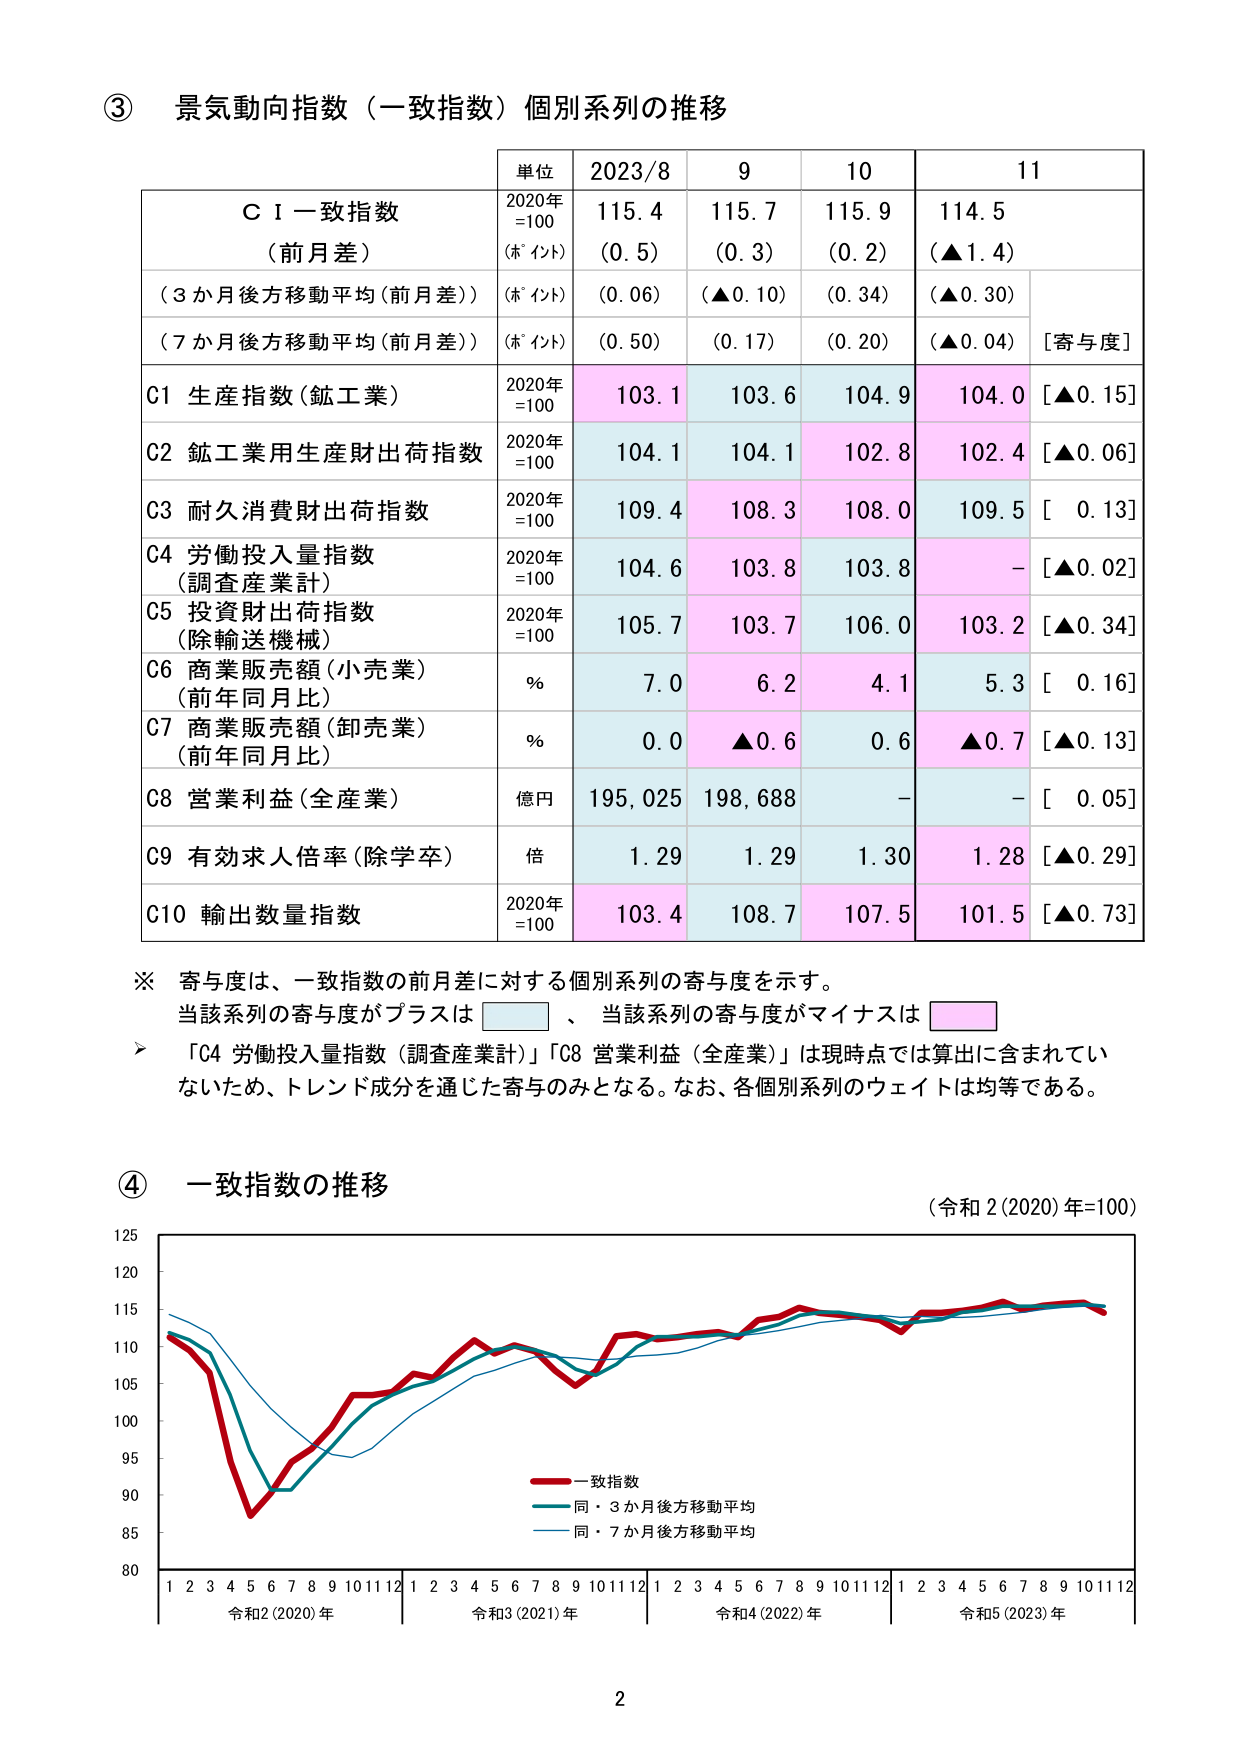
③ 景気動向指数（一致指数）個別系列の推移

単位 2023/8 9 10 11

ＣＩ一致指数 2020年 115.4 115.7 115.9 114.5
（前月差） （=100） （ポイント） （0.5） （0.3） （0.2） （▲1.4）

（3か月後方移動平均（前月差）） （ポイント） （0.06） （▲0.10） （0.34） （▲0.30）

（7か月後方移動平均（前月差）） （ポイント） （0.50） （0.17） （0.20） （▲0.04）［寄与度］

C1 生産指数（鉱工業） 2020年 103.1 103.6 104.9 104.0 [▲0.15]
=100

C2 鉱工業用生産財出荷指数 2020年 104.1 104.1 102.8 102.4 [▲0.06]
=100

C3 耐久消費財出荷指数 2020年 109.4 108.3 108.0 109.5 [ 0.13]
=100

C4 労働投入量指数 2020年 104.6 103.8 103.8 - [▲0.02]
（調査産業計） =100

C5 投資財出荷指数 2020年 105.7 103.7 106.0 103.2 [▲0.34]
（除輸送機械） =100

C6 商業販売額（小売業） % 7.0 6.2 4.1 5.3 [ 0.16]
（前年同月比）

C7 商業販売額（卸売業） % 0.0 ▲0.6 0.6 ▲0.7 [▲0.13]
（前年同月比）

C8 営業利益（全産業） 億円 195,025 198,688 - - [ 0.05]

C9 有効求人倍率（除学卒） 倍 1.29 1.29 1.30 1.28 [▲0.29]

C10 輸出数量指数 2020年 103.4 108.7 107.5 101.5 [▲0.73]
=100

※ 寄与度は、一致指数の前月差に対する個別系列の寄与度を示す。
当該系列の寄与度がプラスは □ 、当該系列の寄与度がマイナスは □

＞ 「C4 労働投入量指数（調査産業計）」「C8 営業利益（全産業）」は現時点では算出に含まれていないため、トレンド成分を通じた寄与のみとなる。なお、各個別系列のウェイトは均等である。

④ 一致指数の推移 （令和2(2020)年=100）

125
120
115
110
105
100
95
90
85
80

1 2 3 4 5 6 7 8 9 10 11 12 1 2 3 4 5 6 7 8 9 10 11 12 1 2 3 4 5 6 7 8 9 10 11 12 1 2 3 4 5 6 7 8 9 10 11 12
令和2(2020)年 令和3(2021)年 令和4(2022)年 令和5(2023)年

一致指数
同・3か月後方移動平均
同・7か月後方移動平均

2